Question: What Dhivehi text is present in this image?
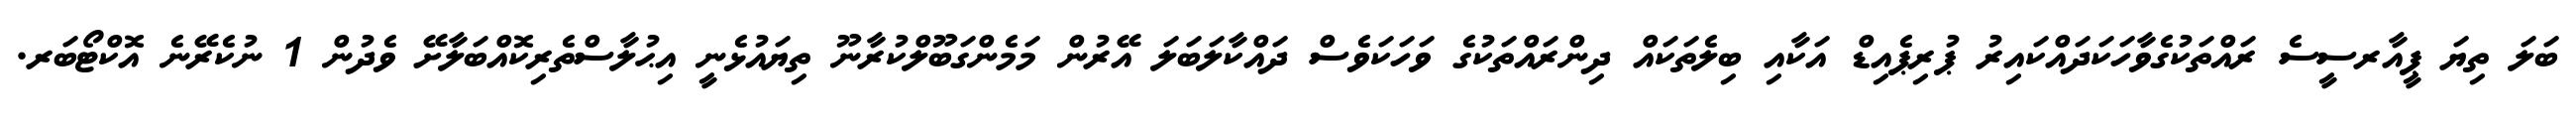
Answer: ބަލަ ތިޔަ ޕީއާރސީސެ ރައްތަކުގެވާހަކަދައްކައިރު ޕުރިޕެއިޑް އަކާއި ބިލެތަކައް ދިންރައްތަކުގެ ވަހަކަވެސް ދައްކާލަބަލަ އޭރުން މަމެންގަބޫލްކުރާނޫ ތިޔައުޅެނީ އިޙުލާސްތެރިކޮއްބަލާށޭ ވެދުން 1 ނުކެރޭނެ އޮކްޓޯބަރ.